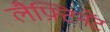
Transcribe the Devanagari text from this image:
लैफ़्टिनेंट